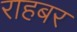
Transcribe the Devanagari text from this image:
राहबर